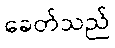
ခေတ်သည်